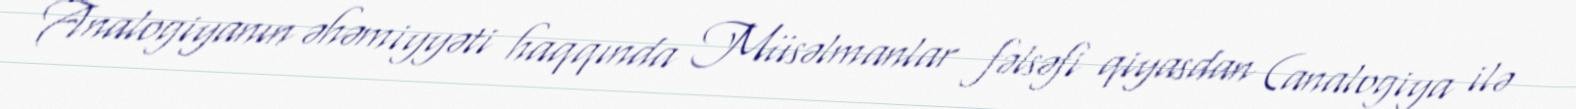
Analogiyanın əhəmiyyəti haqqında Müsəlmanlar fəlsəfi qiyasdan (analogiya ilə